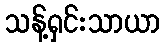
သန့်ရှင်းသာယာ